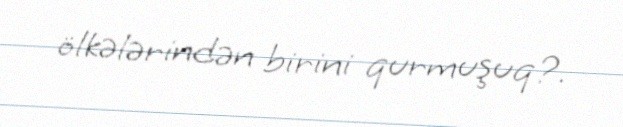
ölkələrindən birini qurmuşuq?.